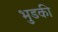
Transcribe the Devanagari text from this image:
भुडकी